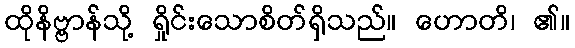
ထိုနိဗ္ဗာန်သို့ ရှိုင်းသောစိတ်ရှိသည်။ ဟောတိ၊ ၏။